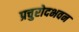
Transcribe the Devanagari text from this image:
प्रचुरोदभवन